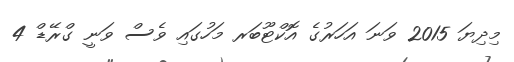
މިދިޔަ 2015 ވަނަ އަހަރުގެ އޮކްޓޫބަރ މަހުގައި ވެސް ވަނީ ގްރޭޑް 4